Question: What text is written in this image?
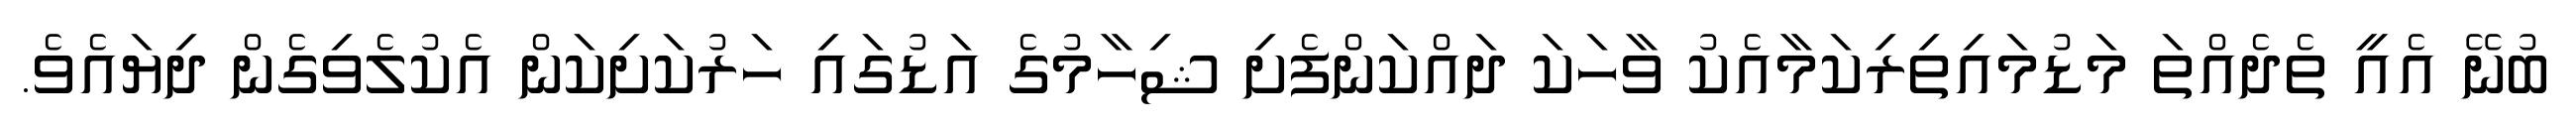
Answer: ބުނޭ އެއީ ތެދެއްތަ މަޑުމައިތިރިކަމާއެކު ވާހަކަ ދައްކަންފެށި ޝިހާމުގެ އަޑުގައި ހަރުކަށިކަން އެކުލެވިގެން ދިޔައެވެ.